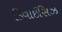
ડિવાઈસિઝ